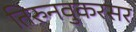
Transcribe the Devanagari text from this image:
तिरुनवुकरसर